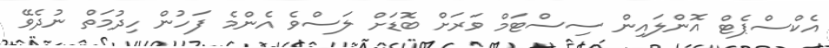
އެކްސްޕެޓް އޮންލައިން ސިސްޓަމް ވަރަށް ބޮޑަށް ލަސްވެ އެންމެ ފަހުން ހިދުމަތް ނުދެވޭ